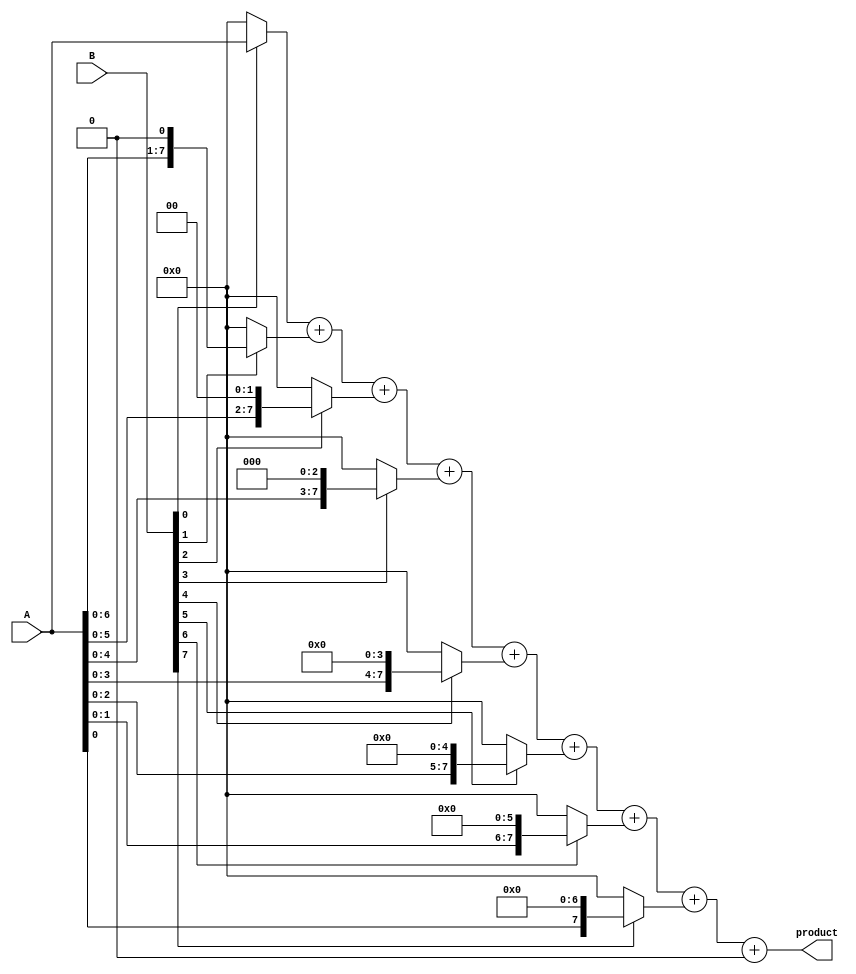
module AdaptiveWallaceTreeMultiplier #(parameter A_WIDTH = 8, B_WIDTH = 8)(
    input [A_WIDTH-1:0] A,
    input [B_WIDTH-1:0] B,
    output reg [A_WIDTH + B_WIDTH - 1:0] product
);

    // Generate partial products
    wire [A_WIDTH-1:0] partial_products[B_WIDTH-1:0];
    genvar i;
    generate
        for (i = 0; i < B_WIDTH; i = i + 1) begin: pp_gen
            assign partial_products[i] = (B[i] ? A << i : {A_WIDTH{1'b0}});
        end
    endgenerate

    // Carry-save adder logic
    wire [A_WIDTH + B_WIDTH - 1:0] sum [0:A_WIDTH + B_WIDTH - 1];
    wire [A_WIDTH + B_WIDTH - 1:0] carry [0:A_WIDTH + B_WIDTH - 1];
    
    // Initial stage: Add partial products using carry-save adders
    integer j, k;
    always @(*) begin
        sum[0] = partial_products[0];
        carry[0] = 0;

        for (j = 1; j < B_WIDTH; j = j + 1) begin
            {carry[j], sum[j]} = sum[j-1] + partial_products[j];
        end
    end

    // Final carry-propagate adder
    reg [A_WIDTH + B_WIDTH - 1:0] final_sum;
    reg [A_WIDTH + B_WIDTH - 1:0] final_carry;

    always @(*) begin
        final_sum = sum[B_WIDTH - 1];
        final_carry = carry[B_WIDTH - 1];

        // Final CPA (simple ripple carry adder for this example)
        product = final_sum + final_carry;
    end

endmodule